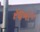
રઘના૦